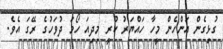
ގުޅިގެން އަންހެން މީހާ ހައްޔަރު ކުރީ މިދިއަ ހޯމަ ދުވަހުގެ ރޭގަ އެވެ.